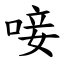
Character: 唼